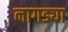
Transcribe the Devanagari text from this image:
नागड्या